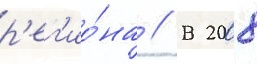
р'ег'ио́на // В 2008